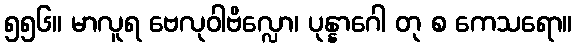
၅၅၆။ မာလူရ ဗေလုဝါဗိလ္လော၊ ပုန္နာဂေါ တု စ ကေသရော။